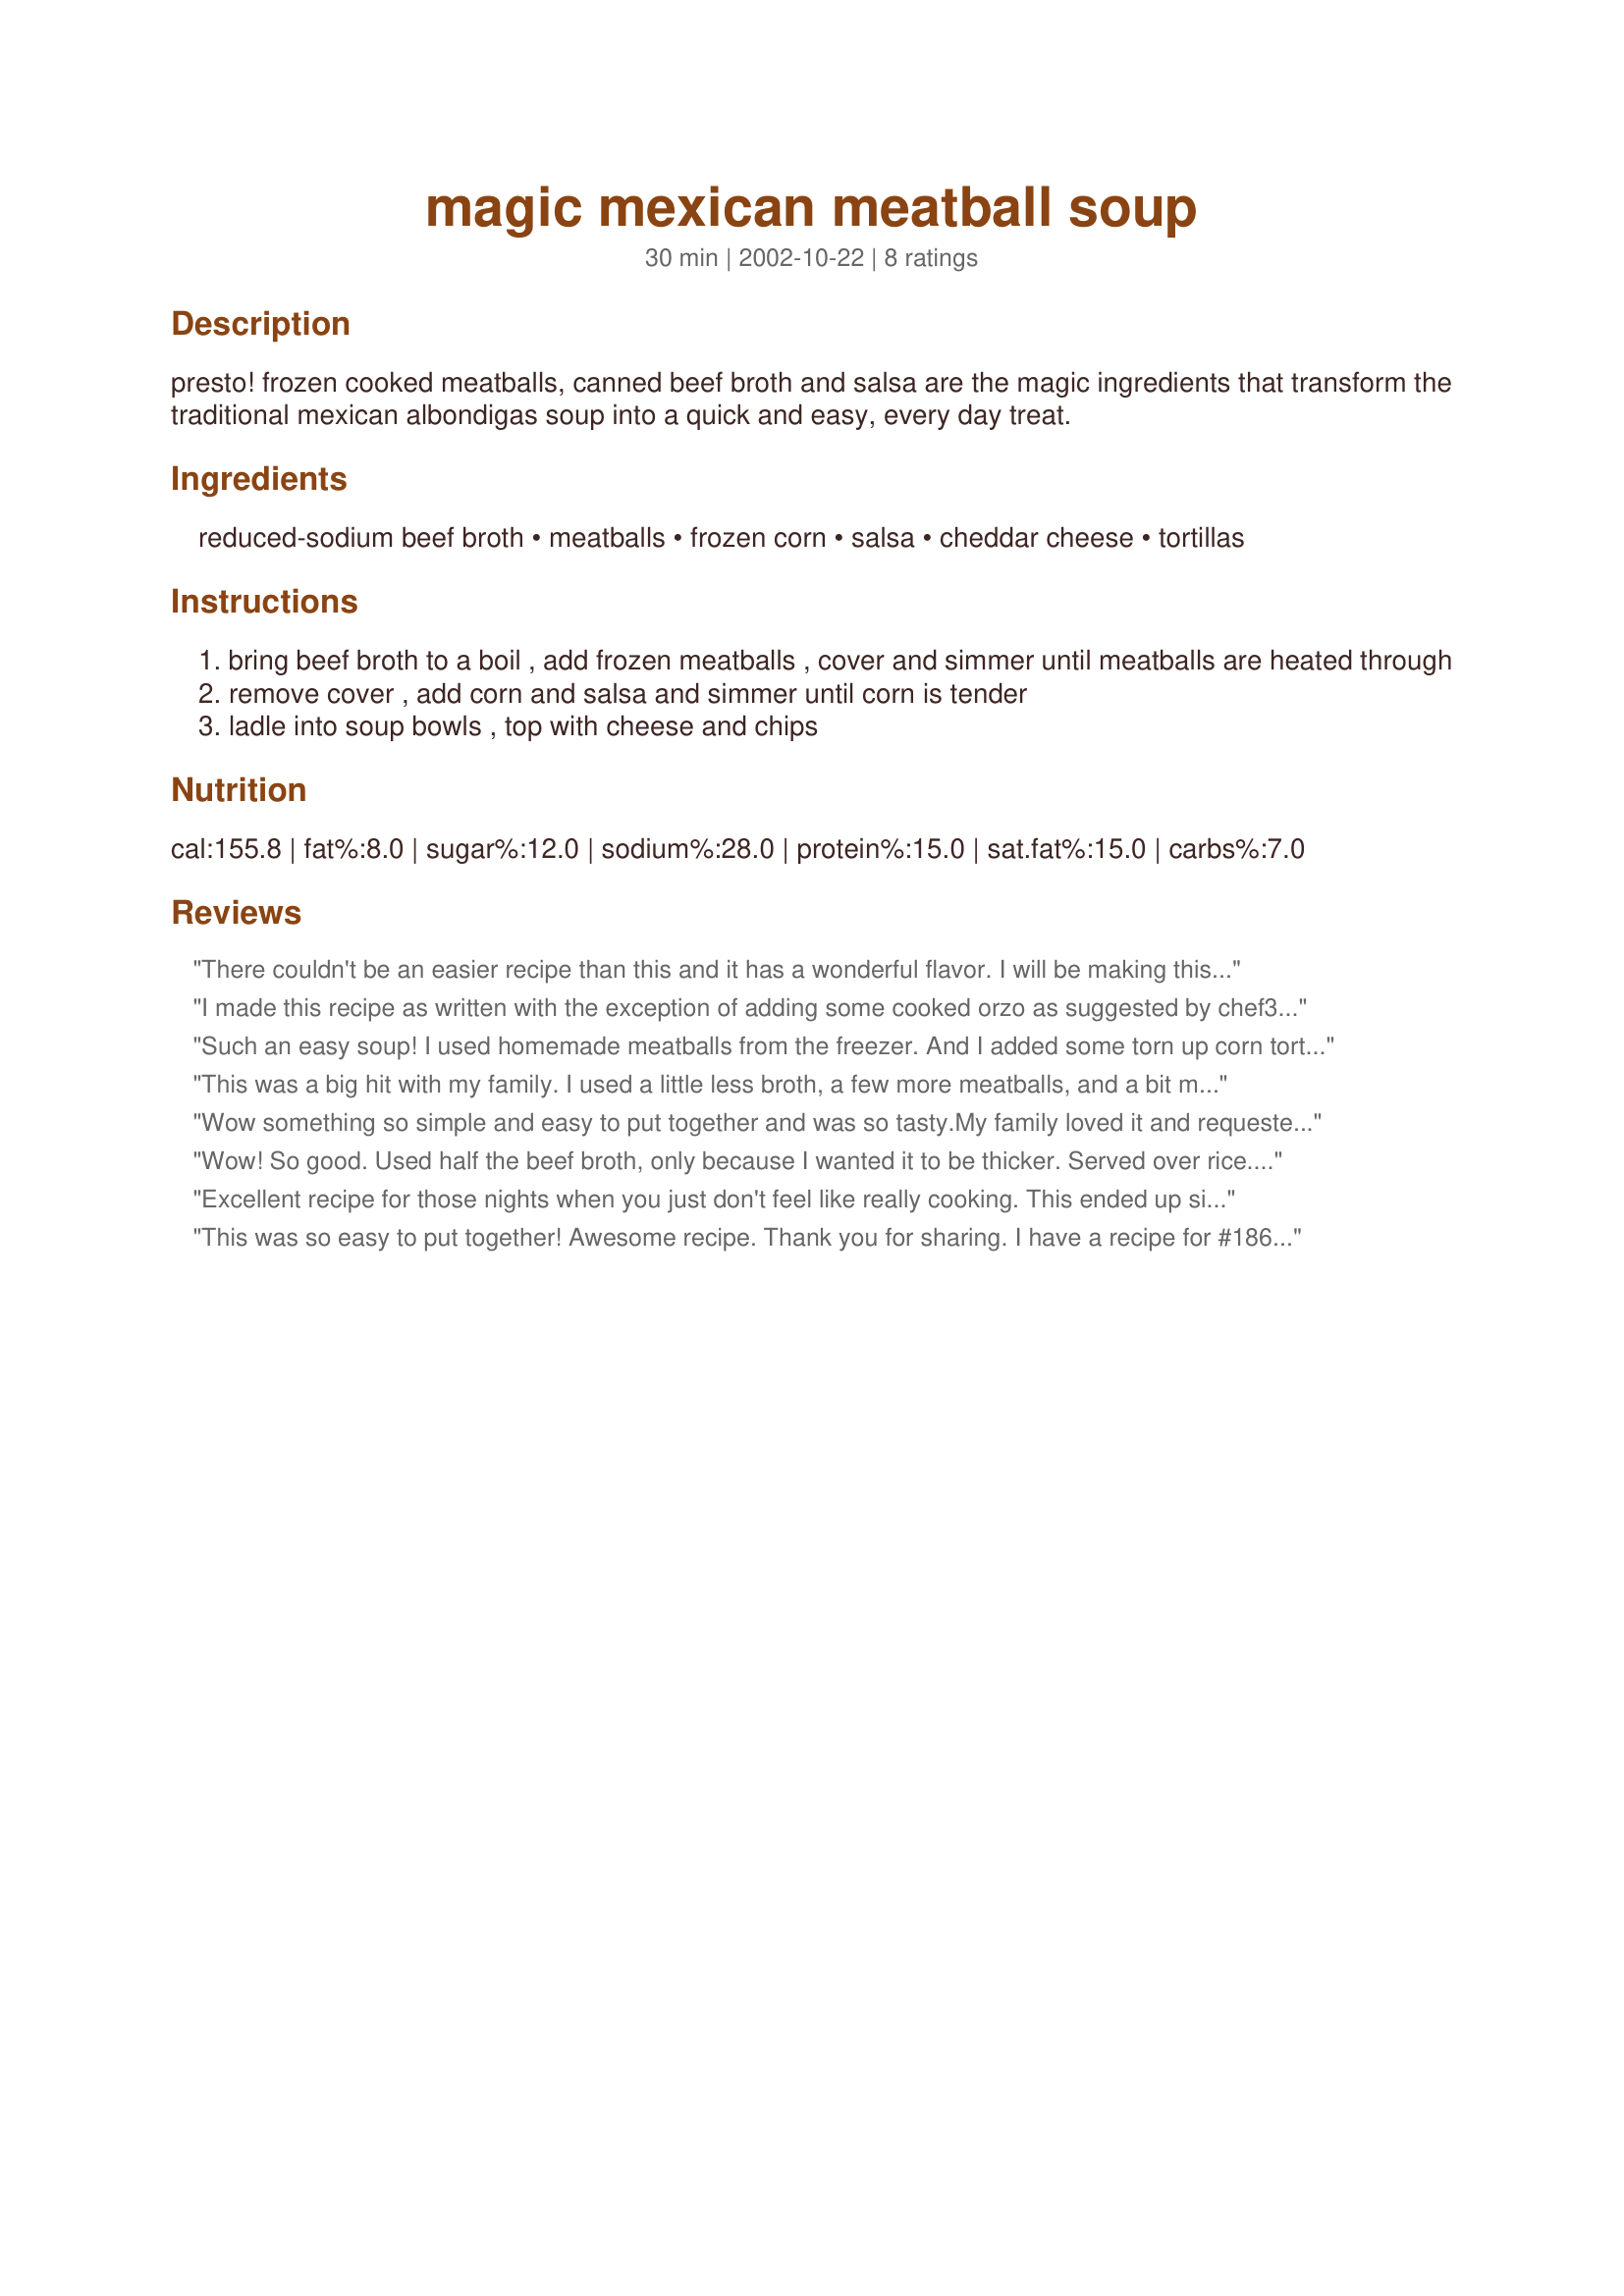
magic mexican meatball soup
Preparation time: 30 minutes

presto! frozen cooked meatballs, canned beef broth and salsa are the magic ingredients that transform the traditional mexican albondigas soup into a quick and easy, every day treat.

Ingredients:
reduced-sodium beef broth, meatballs, frozen corn, salsa, cheddar cheese, tortillas

Steps:
bring beef broth to a boil , add frozen meatballs , cover and simmer until meatballs are heated through
remove cover , add corn and salsa and simmer until corn is tender
ladle into soup bowls , top with cheese and chips

Reviews:
There couldn't be an easier recipe than this and it has a wonderful flavor. I will be making this again. Serve with cornbread for good winter or summer meal.
I made this recipe as written with the exception of adding some cooked orzo as suggested by chef313633. This soup was easy to put together and had a lot of flavor. I will definitely make this again. Thanks for sharing.
Such an easy soup! I used homemade meatballs from the freezer. And I added some torn up corn tortillas to thicken it a bit. Yummy! I will make again!
This was a big hit with my family. I used a little less broth, a few more meatballs, and a bit more corn. I also added generous shakes of chili powder, cumin, and ground oregano. Also about a tablespoon or so of bottled Mexican hot sauce. The result was very good. We ate it with rice. Next time I might add some cilantro and fresh lime juice at the end to brighten the flavor even more.
Wow something so simple and easy to put together and was so tasty.My family loved it and requested to have it again.I decided to add some orzo to it.Thanks so much for the keeper recipe.
Wow! So good. Used half the beef broth, only because I wanted it to be thicker. Served over rice. DH said this is a keeper. Thanks for posting!
Excellent recipe for those nights when you just don't feel like really cooking. This ended up simmering for an hour, and tasted wonderful! The salsa had completely integrated with the broth (to the point where my daughter asked where it was). I used a pack of my homemade meatballs from the freezer. Thank you for posting this!
This was so easy to put together! Awesome recipe. Thank you for sharing. I have a recipe for #186079 Enchilada Soup that you have to try for a spicy alternative. We have it every year for Christmas Eve. Thanks again ~V
